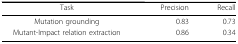
| Task | Precision | Recall |
 | --- | --- | --- |
 | Mutation grounding | 0.83 | 0.73 |
 | Mutant-Impact relation extraction | 0.86 | 0.34 |